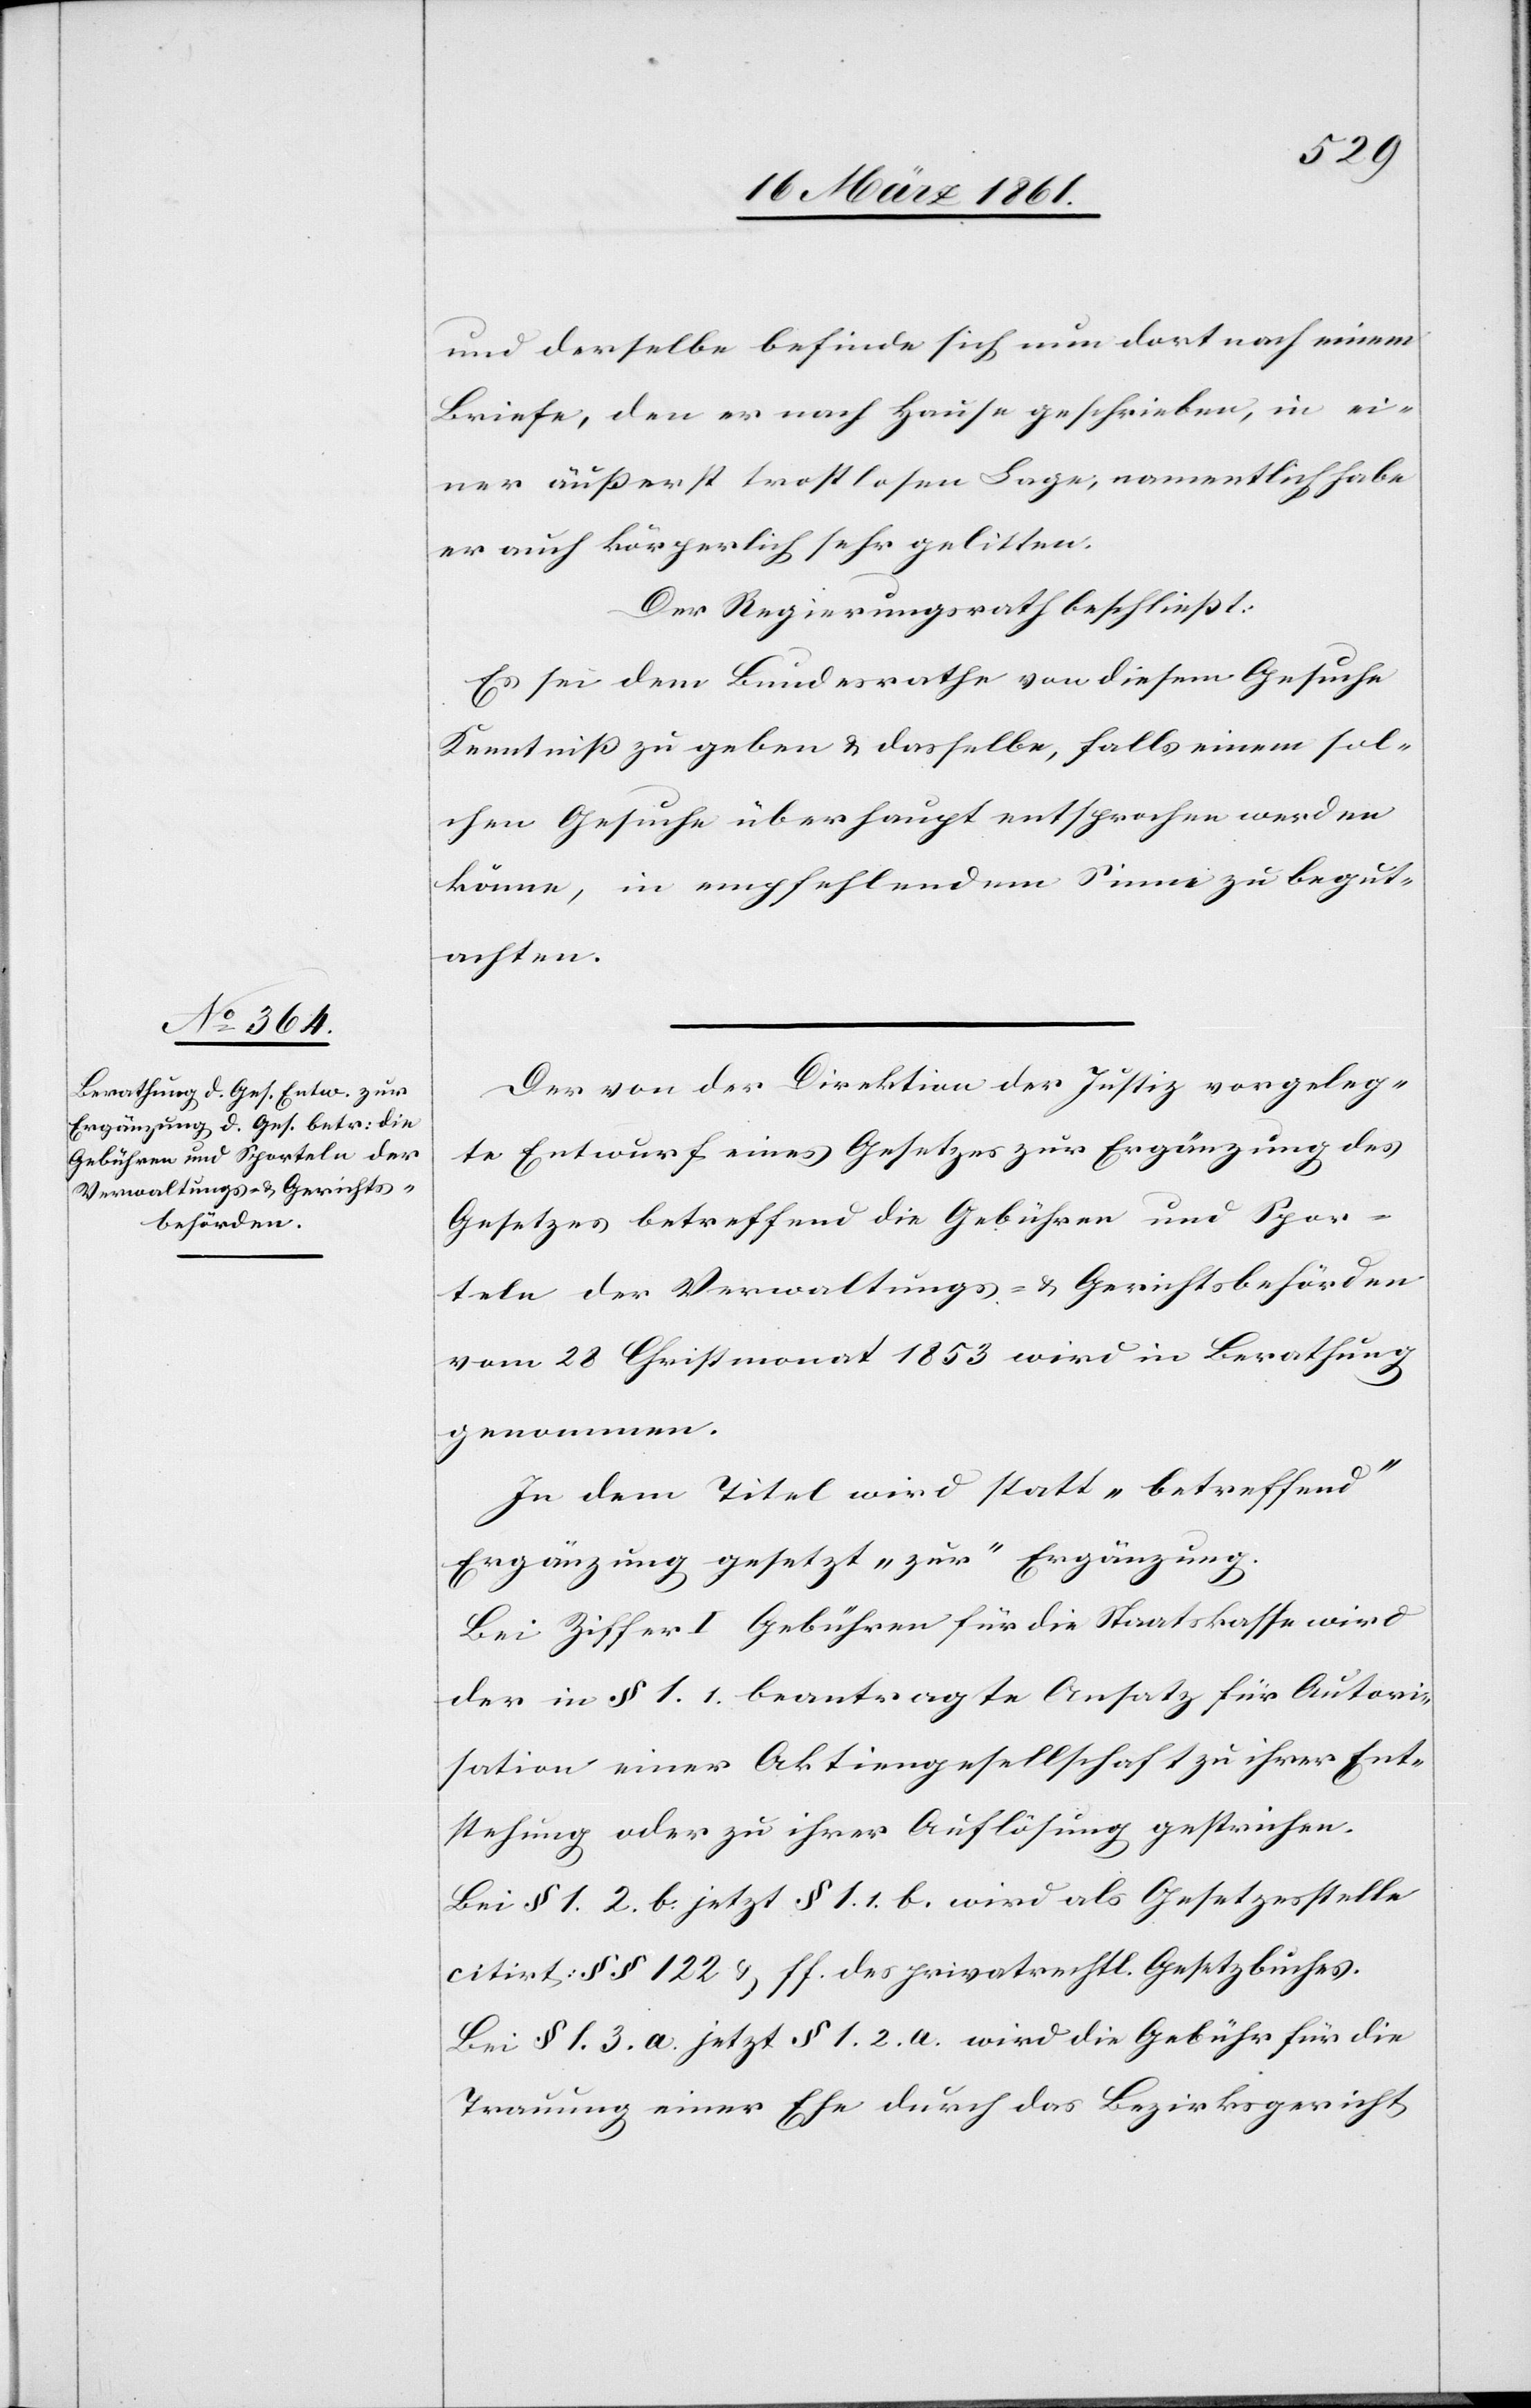
und derselbe befinde sich nun dort nach einem
Briefe, den er nach Hause geschrieben, in ei¬
ner äußerst trostlosen Lage; namentlich habe
er auch körperlich sehr gelitten.
Der Regierungsrath beschließt:
Es sei dem Bundesrathe von diesem Gesuche
Kenntniß zu geben u. dasselbe, falls einem sol¬
chen Gesuche überhaupt entsprochen werden
könne, in empfehlendem Sinne zu begut¬
achten.
Der von der Direktion der Justiz vorgeleg¬
te Entwurf eines Gesetzes zur Ergänzung des
Gesetzes betreffend die Gebühren und Spor¬
teln der Verwaltungs- u. Gerichtsbehörden
vom 28. Christmonat 1853 wird in Berathung
genommen.
In dem Titel wird statt „betreffend“
Ergänzung gesetzt „zur“ Ergänzung.
Bei Ziffer I Gebühren für die Staatskasse wird
der in § 1. 1. beantragte Ansatz für Autori¬
sation einer Aktiengesellschaft zu ihrer Ent¬
stehung oder zu ihrer Auflösung gestrichen.
Bei § 1. 2. b. jetzt § 1. 1. b. wird als Gesetzesstelle
citirt: §§ 122 u. ff. des privatrechtl. Gesetzbuches.
Bei § 1. 3. a. jetzt § 1. 2. a. wird die Gebühr für die
Trauung einer Ehe durch das Bezirksgericht